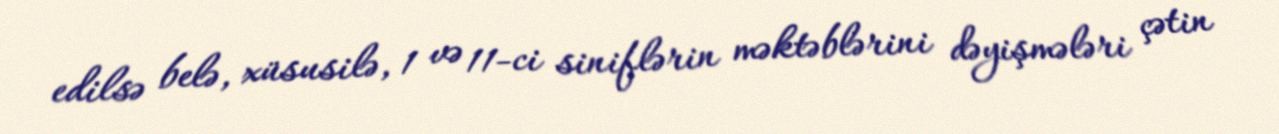
edilsə belə, xüsusilə, 1 və 11-ci siniflərin məktəblərini dəyişmələri çətin